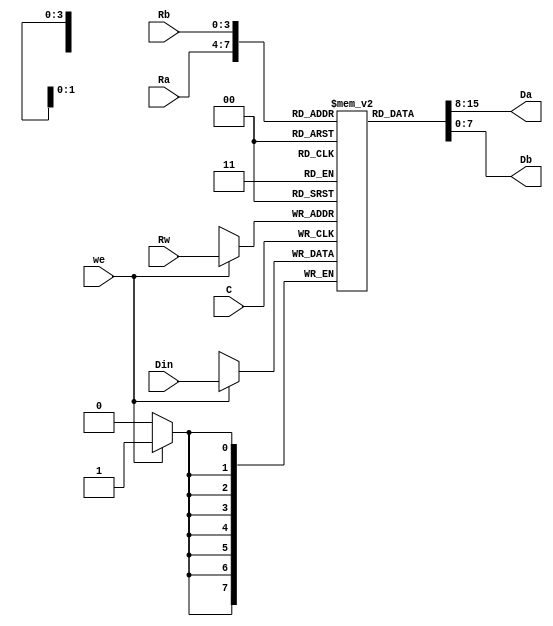
/*
 * Generated by Digital. Don't modify this file!
 * Any changes will be lost if this file is regenerated.
 */
module DIG_RegisterFile
#(
    parameter Bits = 8,
    parameter AddrBits = 4
)
(
    input [(Bits-1):0] Din,
    input we,
    input [(AddrBits-1):0] Rw,
    input C,
    input [(AddrBits-1):0] Ra,
    input [(AddrBits-1):0] Rb,
    output [(Bits-1):0] Da,
    output [(Bits-1):0] Db
);

    reg [(Bits-1):0] memory[0:((1 << AddrBits)-1)];

    assign Da = memory[Ra];
    assign Db = memory[Rb];

    always @ (posedge C) begin
        if (we)
            memory[Rw] <= Din;
    end
endmodule


module Mux_4x1_NBits #(
    parameter Bits = 2
)
(
    input [1:0] sel,
    input [(Bits - 1):0] in_0,
    input [(Bits - 1):0] in_1,
    input [(Bits - 1):0] in_2,
    input [(Bits - 1):0] in_3,
    output reg [(Bits - 1):0] out
);
    always @ (*) begin
        case (sel)
            2'h0: out = in_0;
            2'h1: out = in_1;
            2'h2: out = in_2;
            2'h3: out = in_3;
            default:
                out = 'h0;
        endcase
    end
endmodule


module DIG_Register_BUS #(
    parameter Bits = 1
)
(
    input C,
    input en,
    input [(Bits - 1):0]D,
    output [(Bits - 1):0]Q
);

    reg [(Bits - 1):0] state = 'h0;

    assign Q = state;

    always @ (posedge C) begin
        if (en)
            state <= D;
   end
endmodule

module Mux_2x1
(
    input [0:0] sel,
    input in_0,
    input in_1,
    output reg out
);
    always @ (*) begin
        case (sel)
            1'h0: out = in_0;
            1'h1: out = in_1;
            default:
                out = 'h0;
        endcase
    end
endmodule

module DIG_Add
#(
    parameter Bits = 1
)
(
    input [(Bits-1):0] a,
    input [(Bits-1):0] b,
    input c_i,
    output [(Bits - 1):0] s,
    output c_o
);
   wire [Bits:0] temp;

   assign temp = a + b + c_i;
   assign s = temp [(Bits-1):0];
   assign c_o = temp[Bits];
endmodule



// generates the flags based on the result and the signs of the operands
module flags (
  input [7:0] R, // output of the adder
  input [7:0] A, // operando for the adder
  input [7:0] B, // other operand for the adder
  output Z, // addition had zero result
  output N, // addition had negative result
  output V // addition overflowed

);
  wire N_temp;
  assign Z = ~ (R[0] | R[1] | R[2] | R[3] | R[4] | R[5] | R[6] | R[7]);
  assign N_temp = R[7];
  assign V = ((N_temp & ~ B[7] & ~ A[7]) | (~ N_temp & B[7] & A[7]));
  assign N = N_temp;
endmodule

// This simple circuit can do all the operations needed to execute Baby8 instructions
module baby8_alu (
  input [1:0] logSel, // select logical operation between A and B or just use B
  input [1:0] aSel, // select A, inverted A or a constant to be added
  input Cin, // carry in
  input [7:0] A, // second operand (order only matters for subtraction)
  input [7:0] B, // first operand
  output [7:0] R, // result of the addition
  output C, // carry out
  output Z, // indicates that the result is zero
  output N, // indicates that the result is negative
  output V // indicates an overflow, where the sign
           // of the result is different from the signs
           // of the operands

);
  wire [7:0] s0;
  wire [7:0] s1;
  wire [7:0] R_temp;
  wire [7:0] s2;
  wire [7:0] s3;
  wire [7:0] s4;
  wire [7:0] s5;
  assign s3 = (A & B);
  assign s4 = (A | B);
  assign s5 = (A ^ B);
  assign s2 = ~ A;
  Mux_4x1_NBits #(
    .Bits(8)
  )
  Mux_4x1_NBits_i0 (
    .sel( aSel ),
    .in_0( A ),
    .in_1( s2 ),
    .in_2( 8'b0 ),
    .in_3( 8'b11111110 ),
    .out( s0 )
  );
  Mux_4x1_NBits #(
    .Bits(8)
  )
  Mux_4x1_NBits_i1 (
    .sel( logSel ),
    .in_0( s3 ),
    .in_1( s4 ),
    .in_2( s5 ),
    .in_3( B ),
    .out( s1 )
  );
  DIG_Add #(
    .Bits(8)
  )
  DIG_Add_i2 (
    .a( s0 ),
    .b( s1 ),
    .c_i( Cin ),
    .s( R_temp ),
    .c_o( C )
  );
  flags flags_i3 (
    .R( R_temp ),
    .A( s0 ),
    .B( s1 ),
    .Z( Z ),
    .N( N ),
    .V( V )
  );
  assign R = R_temp;
endmodule

// This simple circuit can do all the operations needed to execute Baby8 instructions
module baby8_datapath (
  input clock, // all registers store their inputs (when enabled) at the rising edge of this signal
  input [7:0] in0, // input port at address 0
  input [7:0] in1, // input port at address 1
  input wReg, // allow register selected by adW to receive the value from R
  input [3:0] wAd, // register to be written
  input [3:0] aAd, // register to use for A
  input [3:0] bAd, // register to use for B
  input [7:0] dIn, // value read from main memory
  input [1:0] bSel, // select register, memory or input port for B
  input [1:0] logSel, // select logical operation between A and B or just use B
  input Cin, // carry in
  input A7, // replacement for A7
  input A0, // replacement for A0
  input a7S, // use original A7 or replacement
  input a0S, // use original A0 or replacement
  input [1:0] aSelf,
  output [7:0] R, // result of the addition
  output [7:0] dOut, // result of the addition in the previous cycle - used as data to be written to main memory
  output [15:0] address, // address for main memory
  output Z, // addition had zero result
  output V, // overflow - result has different sign from operands
  output N, // negative result
  output C // carry out

);
  wire [7:0] R_temp;
  wire [7:0] s0;
  wire [7:0] s1;
  wire [7:0] s2;
  wire s3;
  wire s4;
  wire s5;
  wire s6;
  // registers
  DIG_RegisterFile #(
    .Bits(8),
    .AddrBits(4)
  )
  DIG_RegisterFile_i0 (
    .Din( R_temp ),
    .we( wReg ),
    .Rw( wAd ),
    .C( clock ),
    .Ra( aAd ),
    .Rb( bAd ),
    .Da( s0 ),
    .Db( s1 )
  );
  Mux_4x1_NBits #(
    .Bits(8)
  )
  Mux_4x1_NBits_i1 (
    .sel( bSel ),
    .in_0( s1 ),
    .in_1( dIn ),
    .in_2( in0 ),
    .in_3( in1 ),
    .out( s2 )
  );
  // prevR
  DIG_Register_BUS #(
    .Bits(8)
  )
  DIG_Register_BUS_i2 (
    .D( R_temp ),
    .C( clock ),
    .en( 1'b1 ),
    .Q( dOut )
  );
  Mux_2x1 Mux_2x1_i3 (
    .sel( a7S ),
    .in_0( s3 ),
    .in_1( A7 ),
    .out( s4 )
  );
  Mux_2x1 Mux_2x1_i4 (
    .sel( a0S ),
    .in_0( s5 ),
    .in_1( A0 ),
    .out( s6 )
  );
  baby8_alu baby8_alu_i5 (
    .logSel( logSel ),
    .aSel( aSelf ),
    .Cin( Cin ),
    .A( s0 ),
    .B( s2 ),
    .R( R_temp ),
    .C( C ),
    .Z( Z ),
    .N( N ),
    .V( V )
  );
  assign address[0] = s6;
  assign address[6:1] = s1[6:1];
  assign address[7] = s4;
  assign address[15:8] = s0;
  assign s5 = s1[0];
  assign s3 = s1[7];
  assign R = R_temp;
endmodule